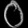
Digit: ၀